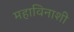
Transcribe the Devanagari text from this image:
महाविनाशी